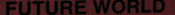
FUTURE WORLD